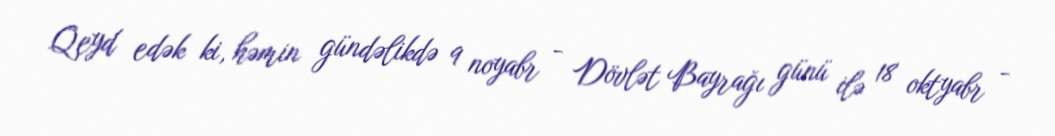
Qeyd edək ki, həmin gündəlikdə 9 noyabr - Dövlət Bayrağı günü ilə 18 oktyabr -